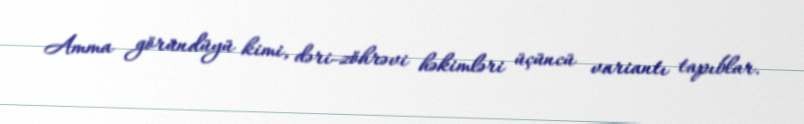
Amma göründüyü kimi, dəri-zöhrəvi həkimləri üçüncü variantı tapıblar.